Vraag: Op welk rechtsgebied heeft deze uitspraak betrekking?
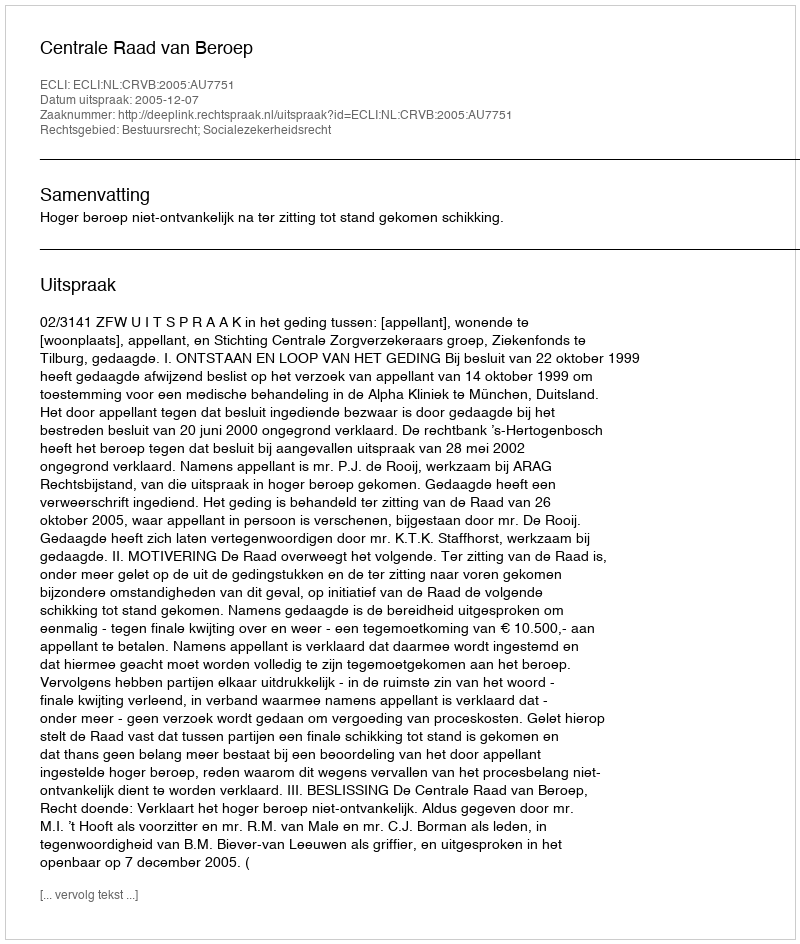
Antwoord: Bestuursrecht; Socialezekerheidsrecht